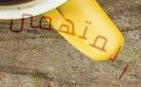
المتهمين